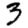
Digit: 3